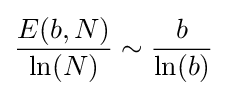
{E(b,N) \over \ln(N)}\sim {b \over \ln(b)}